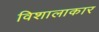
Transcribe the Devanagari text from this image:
विशालाकार